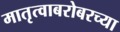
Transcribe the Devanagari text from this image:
मातृत्वाबरोबरच्या